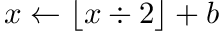
x \leftarrow \lfloor x \div 2 \rfloor + b